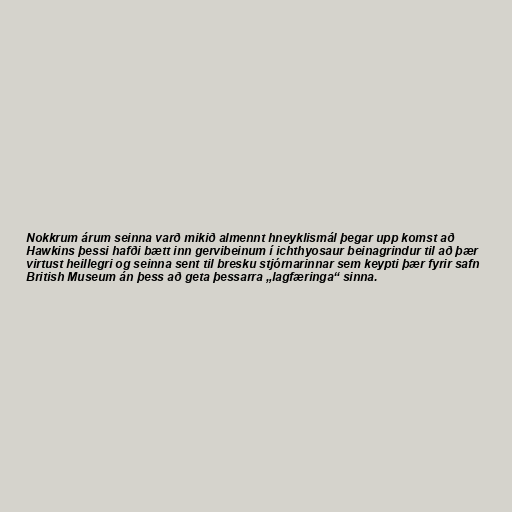
Nokkrum árum seinna varð mikið almennt hneyklismál þegar upp komst að
Hawkins þessi hafði bætt inn gervibeinum í ichthyosaur beinagrindur til að þær
virtust heillegri og seinna sent til bresku stjórnarinnar sem keypti þær fyrir safn
British Museum án þess að geta þessarra „lagfæringa“ sinna.